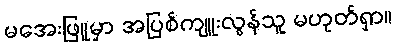
မအေးဖြူမှာ အပြစ်ကျူးလွန်သူ မဟုတ်ရှာ။